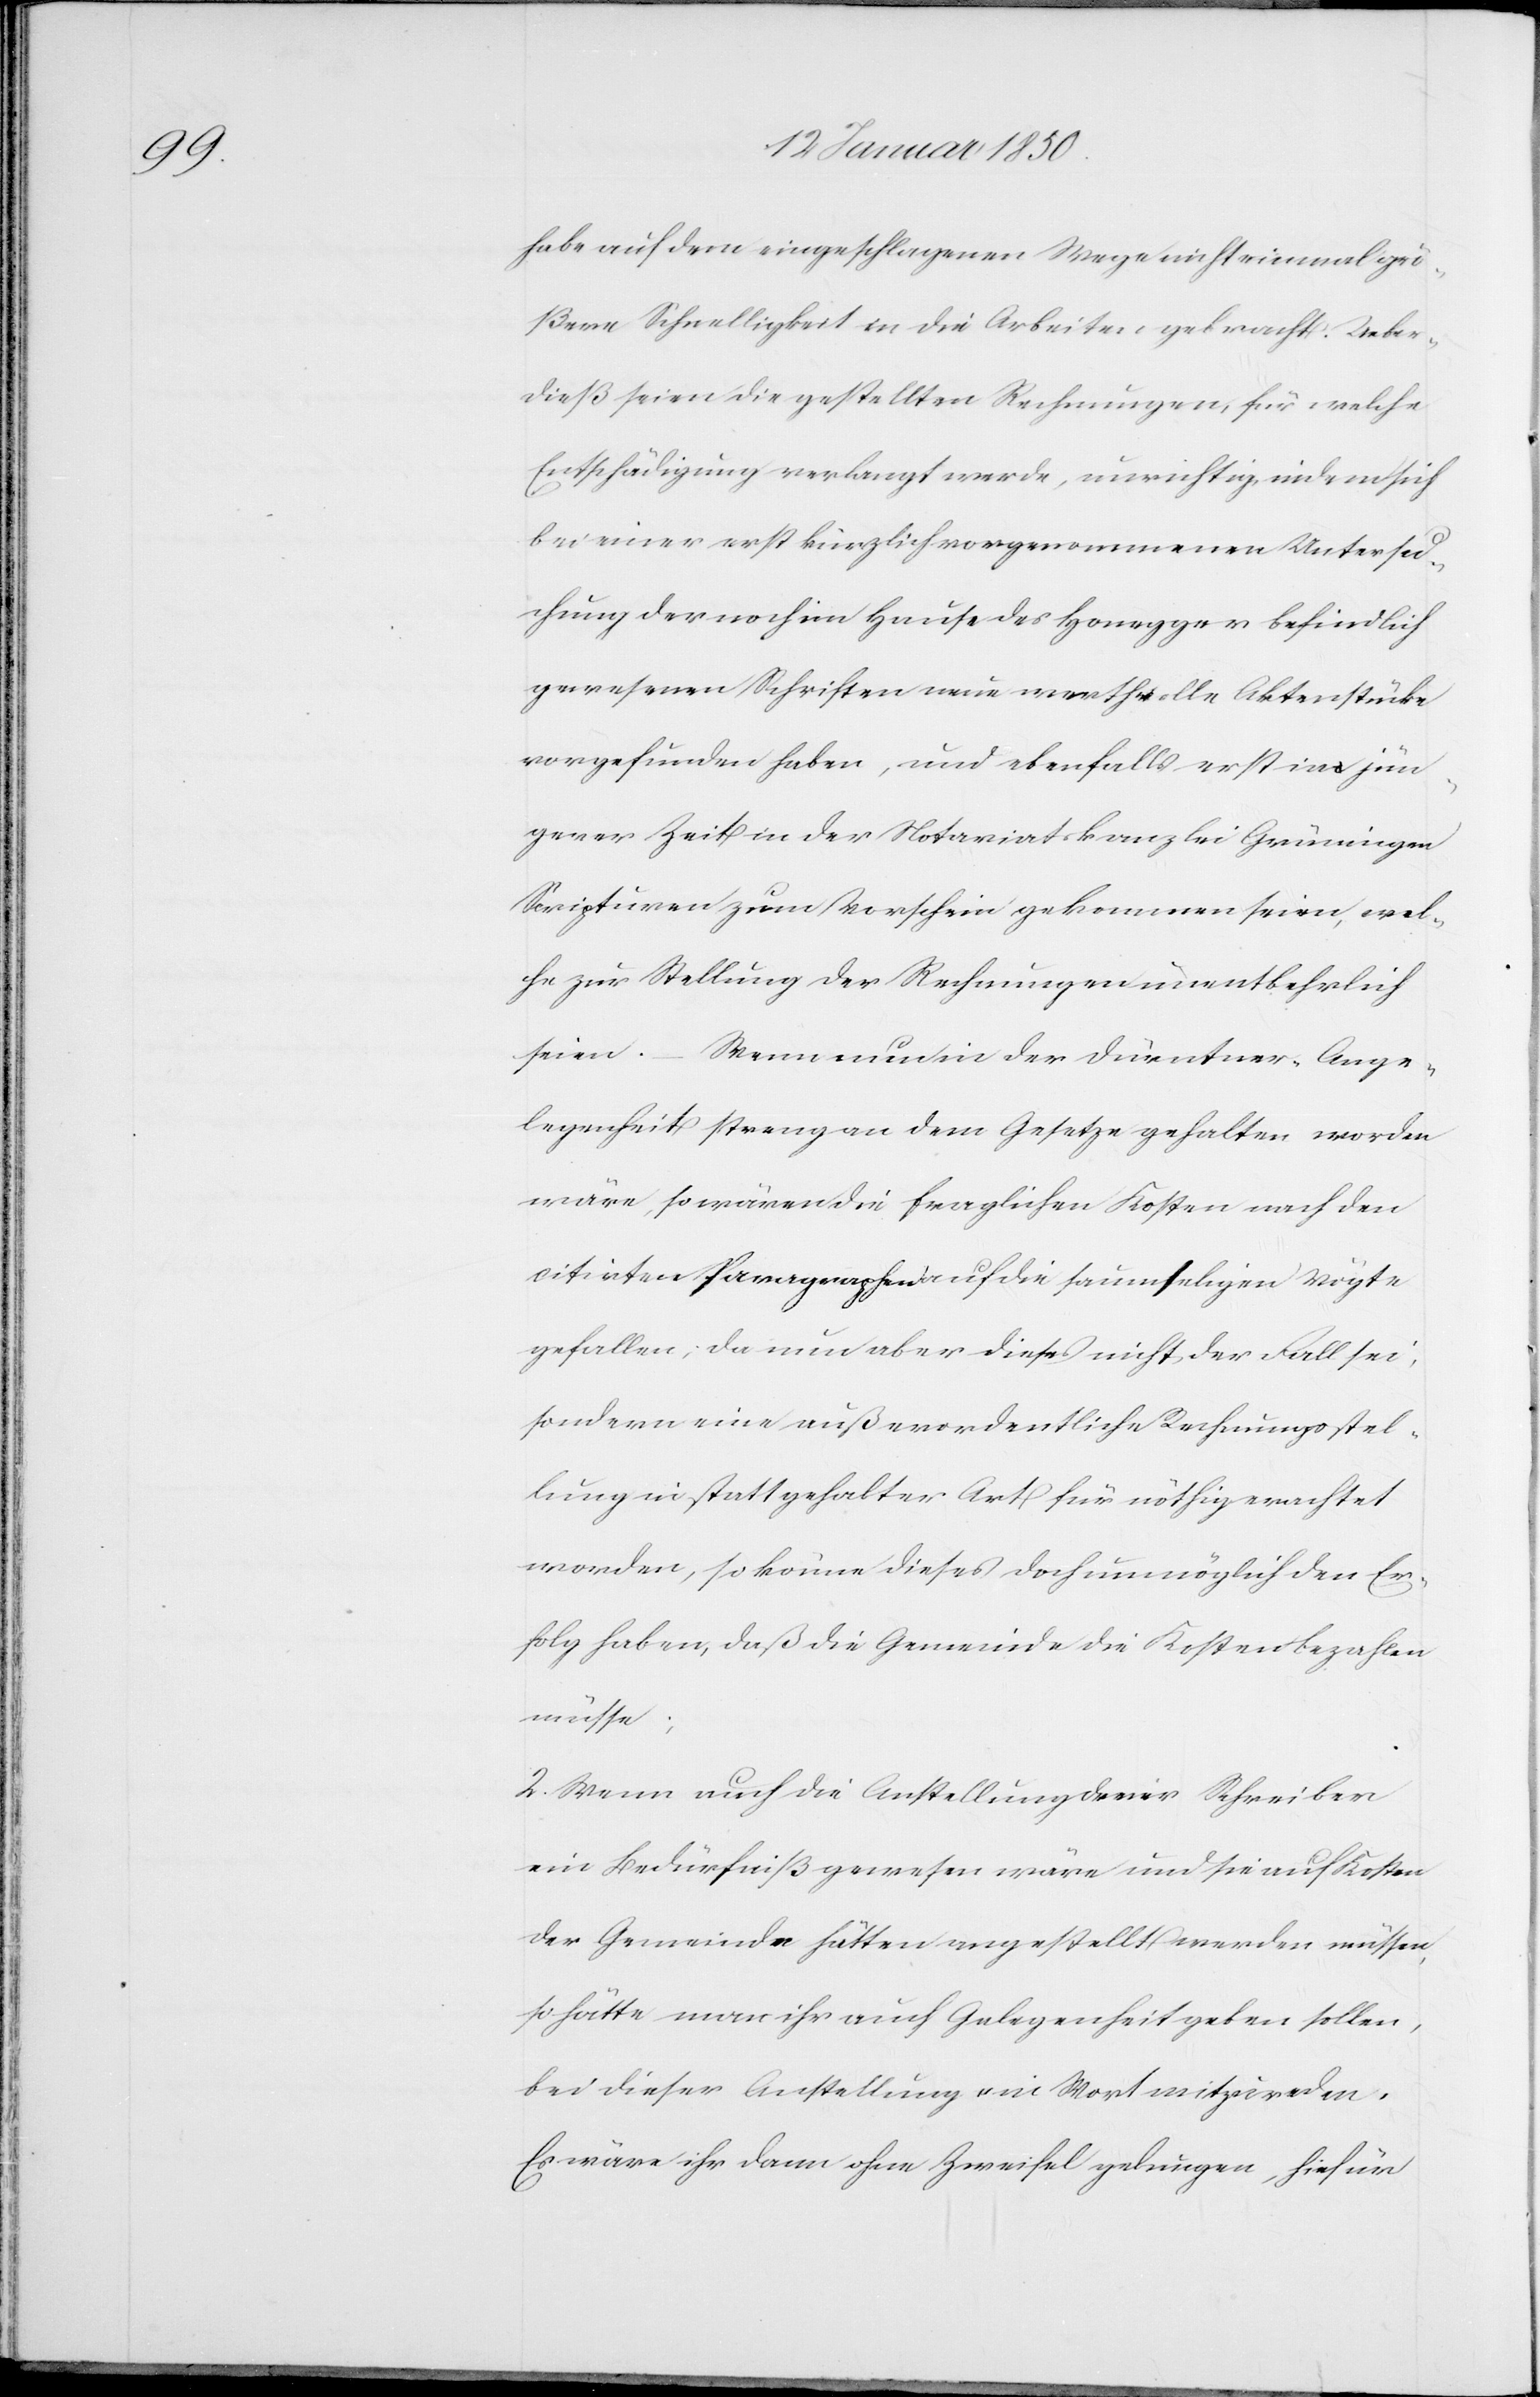
habe auf dem eingeschlagenen Wege nicht einmal grö¬
ßere Schnelligkeit in die Arbeiten gebracht. Ueber¬
dieß seien die gestellten Rechnungen, für welche
Entschädigung verlangt werde, unrichtig, indem sich
bei einer erst kürzlich vorgenommenen Untersu¬
chung der noch im Hause des Honegger befindlich
gewesenen Schriften neue werthvolle Aktenstücke
vorgefunden haben, und ebenfalls erst in jün¬
gerer Zeit in der Notariatskanzlei Grüningen
Scripturen zum Vorschein gekommen seien, wel¬
che zur Stellung der Rechnungen unentbehrlich
seien. – Wenn nun in der Dürntner-Ange¬
legenheit streng an dem Gesetze gehalten worden
wäre, so wären die fraglichen Kosten nach den
citirten Paragraphen auf die saumseligen Vögte
gefallen; da nun aber dieses nicht der Fall sei,
sondern eine außerordentliche Rechnungsstel¬
lung in statt gehabter Art für nöthig erachtet
worden, so könne dieses doch unmöglich den Er¬
folg haben, daß die Gemeinde die Kosten bezahlen
müsse;
2. Wenn auch die Anstellung dreier Schreiber
ein Bedürfniß gewesen wäre und sie auf Kosten
der Gemeinde hätten angestellt werden müssen,
so hätte man ihr auch Gelegenheit geben sollen,
bei dieser Anstellung ein Wort mitzureden.
Es wäre ihr dann ohne Zweifel gelungen, hiefür